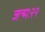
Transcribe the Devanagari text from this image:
जन्मः२२